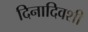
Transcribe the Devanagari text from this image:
दिनादिवशी